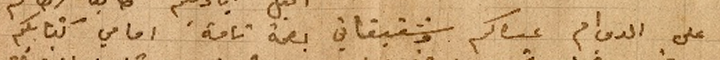
على الدوام عساكم وشقيقاتي بصحة تامة امامي كتابكم